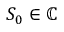
S _ { 0 } \in \mathbb { C }